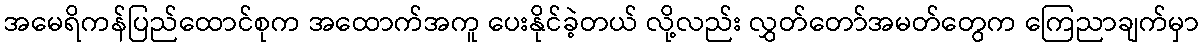
အမေရိကန်ပြည်ထောင်စုက အထောက်အကူ ပေးနိုင်ခဲ့တယ် လို့လည်း လွှတ်တော်အမတ်တွေက ကြေညာချက်မှာ